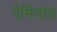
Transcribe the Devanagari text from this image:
पेर्मिनोव